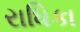
રાધિકા